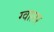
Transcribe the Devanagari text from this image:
ग्वालर